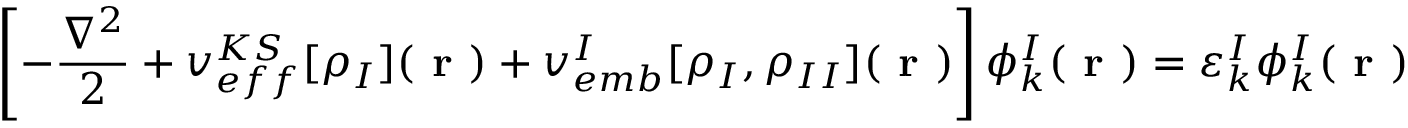
\left[ - \frac { \nabla ^ { 2 } } { 2 } + v _ { e f f } ^ { K S } [ \rho _ { I } ] ( \textbf { r } ) + v _ { e m b } ^ { I } [ \rho _ { I } , \rho _ { I I } ] ( \textbf { r } ) \right] \phi _ { k } ^ { I } ( \textbf { r } ) = \varepsilon _ { k } ^ { I } \phi _ { k } ^ { I } ( \textbf { r } )